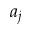
a _ { j }